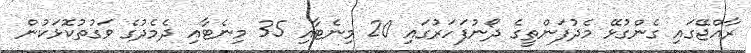
ރާއްޖޭގައި ގެންގުޅޭ މެދުފަންތީގެ ދޯނުފަހަރުގައި 20 މިނެޓާއި 35 މިނެޓާއި ދެމެދުގެ ވަގުތުކޮޅަކުން